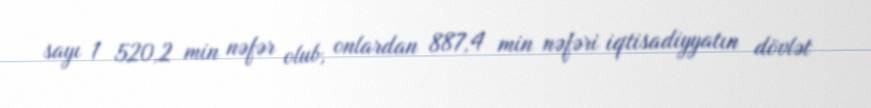
sayı 1 520,2 min nəfər olub, onlardan 887,4 min nəfəri iqtisadiyyatın dövlət